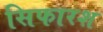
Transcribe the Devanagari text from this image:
सिफारश